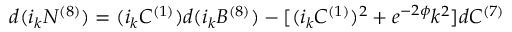
d ( i _ { k } N ^ { ( 8 ) } ) = ( i _ { k } C ^ { ( 1 ) } ) d ( i _ { k } B ^ { ( 8 ) } ) - [ ( i _ { k } C ^ { ( 1 ) } ) ^ { 2 } + e ^ { - 2 \phi } k ^ { 2 } ] d C ^ { ( 7 ) }